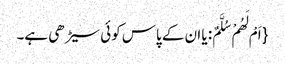
{ اَمْ لَهُمْ سُلَّمٌ: یا ان کے پاس کوئی سیڑھی ہے۔